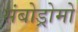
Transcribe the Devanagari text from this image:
संबोड्रोमो